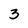
Character: 3